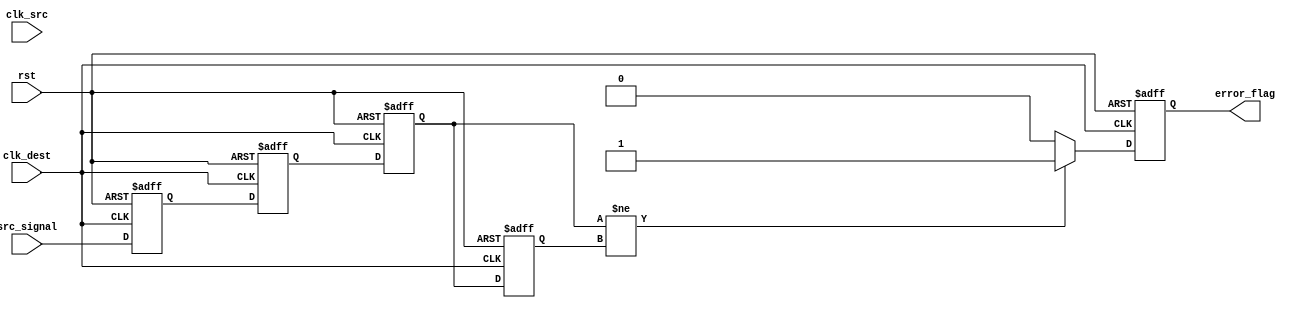
module MemoryBlocksCDCDetector (
    input wire clk_src,          // Source clock
    input wire clk_dest,         // Destination clock
    input wire rst,              // Reset signal
    input wire src_signal,       // Input signal from source clock domain
    output reg error_flag        // Error flag indicating clock domain crossing
);

// Synchronizer signals
reg sync_ff1;
reg sync_ff2;

// Previous and current state for edge detection
reg prev_sync_ff2;
reg current_sync_ff2;

// Synchronization stage
always @(posedge clk_dest or posedge rst) begin
    if (rst) begin
        sync_ff1 <= 1'b0;
        sync_ff2 <= 1'b0;
    end else begin
        sync_ff1 <= src_signal; // Sample the source signal at destination clock
        sync_ff2 <= sync_ff1;   // Second stage for metastability mitigation
    end
end

// Edge detection logic
always @(posedge clk_dest or posedge rst) begin
    if (rst) begin
        prev_sync_ff2 <= 1'b0;
        current_sync_ff2 <= 1'b0;
        error_flag <= 1'b0;
    end else begin
        prev_sync_ff2 <= current_sync_ff2; // Store the previous state
        current_sync_ff2 <= sync_ff2;       // Current synchronized state
        
        // Detect edge: if current is different from previous
        if (current_sync_ff2 != prev_sync_ff2) begin
            error_flag <= 1'b1; // Transition detected, set error flag
        end else begin
            error_flag <= 1'b0; // Clear error flag if no transition
        end
    end
end

endmodule